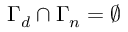
\Gamma _ { d } \cap \Gamma _ { n } = \emptyset